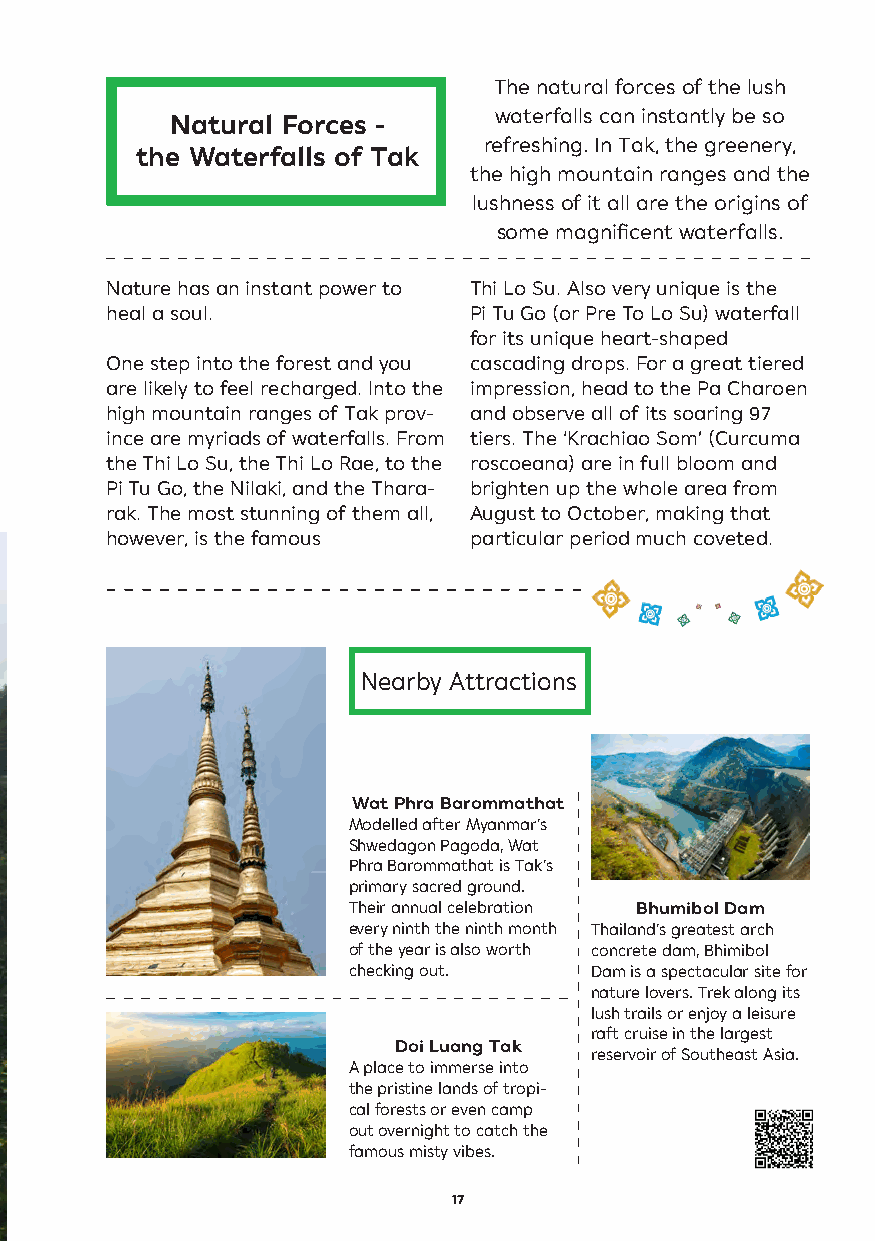
The natural forces of the lush
 waterfalls can instantly be so
 Natural Forces -
 refreshing. In Tak, the greenery,
 the Waterfalls of Tak
 the high mountain ranges and the
 lushness of it all are the origins of
 some magnificent waterfalls.
 Nature has an instant power to Thi Lo Su. Also very unique is the
 heal a soul.            Pi Tu Go (or Pre To Lo Su) waterfall
 for its unique heart-shaped
 One step into the forest and you cascading drops. For a great tiered
 are likely to feel recharged. Into the impression, head to the Pa Charoen
 high mountain ranges of Tak prov- and observe all of its soaring 97
 ince are myriads of waterfalls. From tiers. The ‘Krachiao Som’ (Curcuma
 the Thi Lo Su, the Thi Lo Rae, to the roscoeana) are in full bloom and
 Pi Tu Go, the Nilaki, and the Thara- brighten up the whole area from
 rak. The most stunning of them all, August to October, making that
 however, is the famous  particular period much coveted.
 Nearby Attractions
 Wat Phra Barommathat
 Modelled after Myanmar’s
 Shwedagon Pagoda, Wat
 Phra Barommathat is Tak’s
 primary sacred ground.
 Their annual celebration Bhumibol Dam
 every ninth the ninth month Thailand’s greatest arch
 of the year is also worth concrete dam, Bhimibol
 checking out.   Dam is a spectacular site for
 nature lovers. Trek along its
 lush trails or enjoy a leisure
 raft cruise in the largest
 Doi Luang Tak
 reservoir of Southeast Asia.
 A place to immerse into
 the pristine lands of tropi-
 cal forests or even camp
 out overnight to catch the
 famous misty vibes.
 17